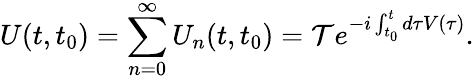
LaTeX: U(t,t_{0})=\sum_{n=0}^{\infty}U_{n}(t,t_{0})={\mathcal{T}}e^{-i\int_{t_{0}}^{t}{d\tau V(\tau)}}.